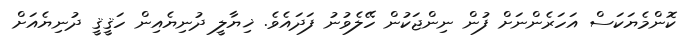
ކޮންމެޔަކަސް އަހަރެންނަށް ފުން ނިންޖަކުން ހޭލެވުނު ފަދައެވެ. ޚިޔާލީ ދުނިޔެއިން ހަޤީޤީ ދުނިޔެއަށް